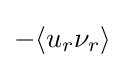
-\langle u_{r}\nu _{r}\rangle